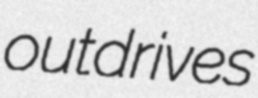
outdrives